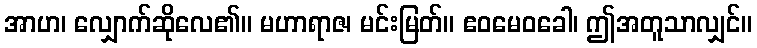
အာဟ၊ လျှောက်ဆိုလေ၏။ မဟာရာဇ၊ မင်းမြတ်။ ဧဝမေဝခေါ၊ ဤအတူသာလျှင်။